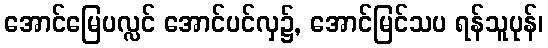
အောင်မြေပလ္လင် အောင်ပင်လှ၌, အောင်မြင်သပ ရန်သူပုန်၊